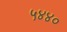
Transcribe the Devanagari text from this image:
५४४०